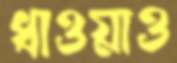
ধাওয়াও